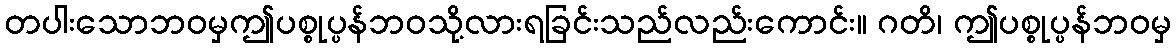
တပါးသောဘဝမှဤပစ္စုပ္ပန်ဘဝသို့လားရခြင်းသည်လည်းကောင်း။ ဂတိ၊ ဤပစ္စုပ္ပန်ဘဝမှ